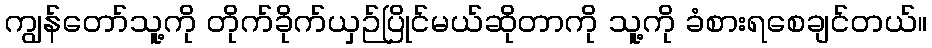
ကျွန်တော်သူ့ကို တိုက်ခိုက်ယှဉ်ပြိုင်မယ်ဆိုတာကို သူ့ကို ခံစားရစေချင်တယ်။